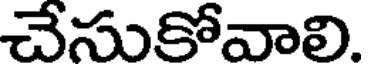
చేసుకోవాలి.